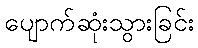
ပျောက်ဆုံးသွားခြင်း